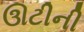
ઊટીની